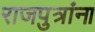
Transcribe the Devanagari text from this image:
राजपुत्रांना